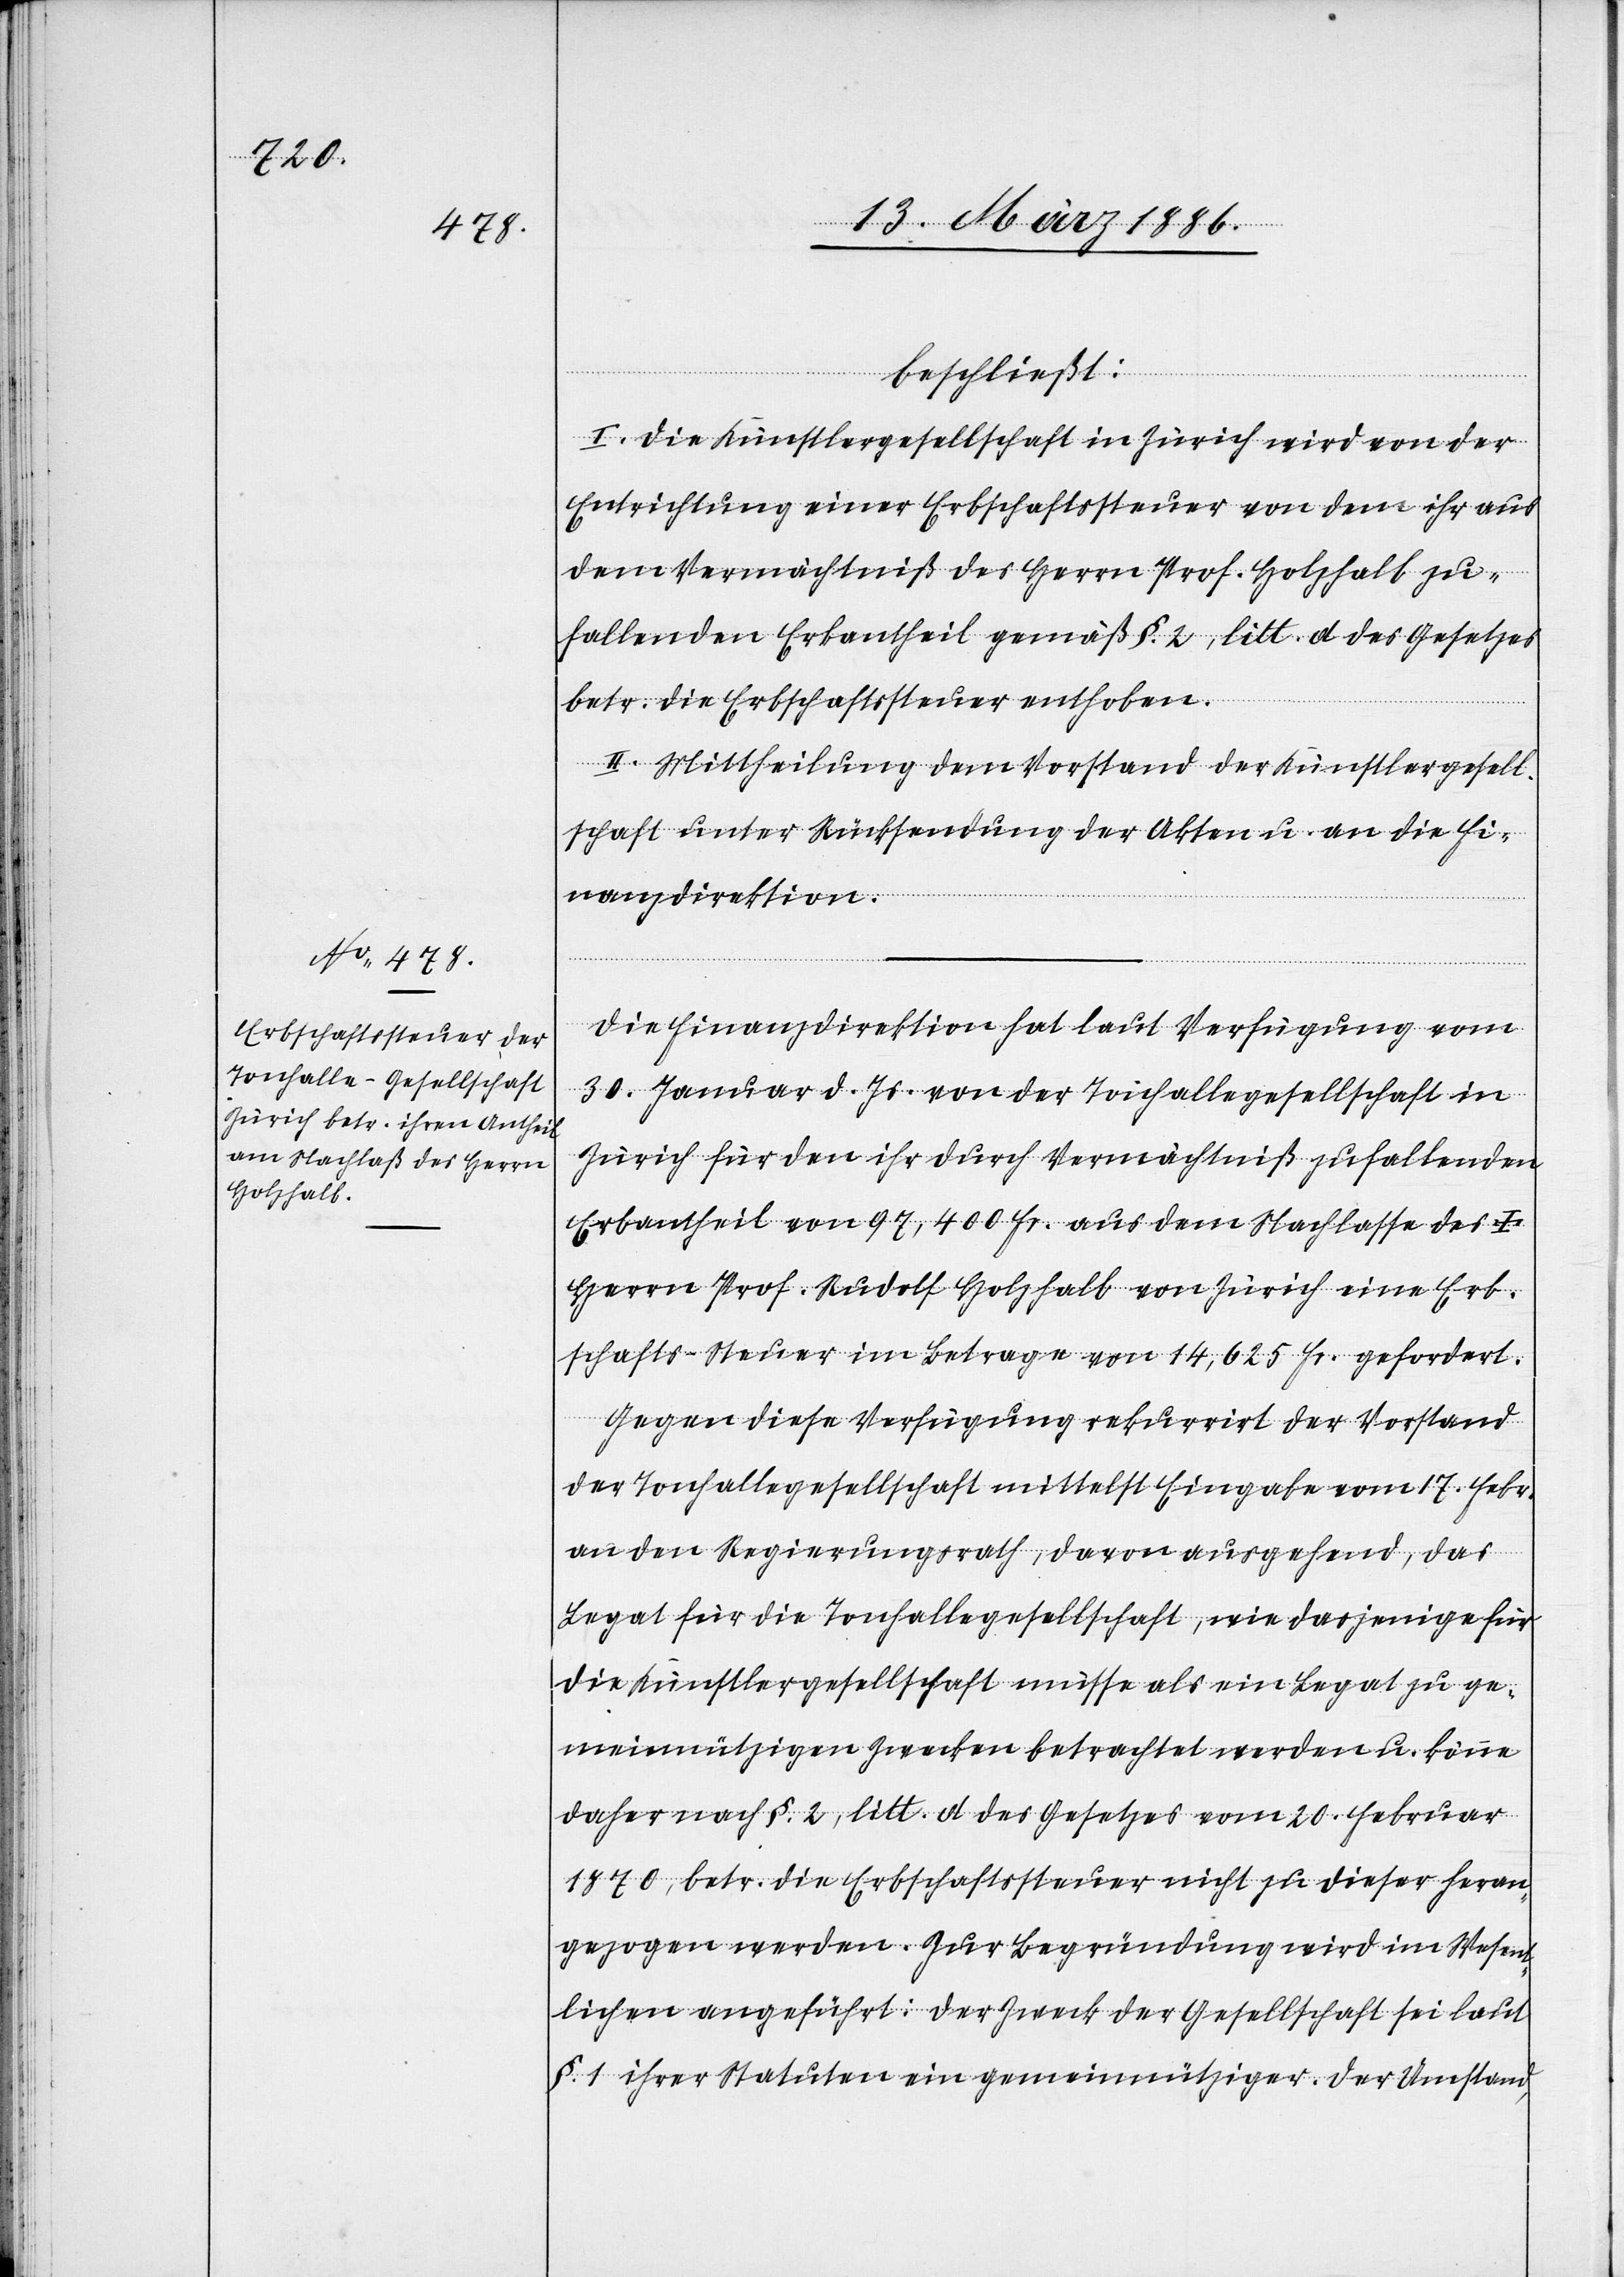
beschließt:
I. Die Künstlergesellschaft in Zürich wird von der
Entrichtung einer Erbschaftssteuer von dem ihr aus
dem Vermächtniß des Herrn Prof. Holzhalb zu¬
fallenden Erbantheil gemäß §. 2, litt. d des Gesetzes
betr. die Erbschaftssteuer enthoben.
II. Mittheilung dem Vorstand der Künstlergesell¬
schaft unter Rücksendung der Akten u. an die Fi¬
nanzdirektion.
Die Finanzdirektion hat laut Verfügung vom
30. Januar d. Js. von der Tonhallegesellschaft in
Zürich für den ihr durch Vermächtniß zufallenden
Erbtheil von 97,400 Fr. aus dem Nachlasse des †
Herrn Prof. Rudolf Holzhalb von Zürich eine Erb¬
schafts-Steuer im Betrage von 14,625 Fr. gefordert.
Gegen diese Verfügung rekurrirt der Vorstand
der Tonhallegesellschaft mittelst Eingabe vom 17. Febr.
an den Regierungsrath, davon ausgehend, das
Legat für die Tonhallegesellschaft, wie dasjenige für
die Künstlergesellschaft, müsse als ein Legat zu ge¬
meinnützigen Zwecken betrachtet werden u. könne
daher nach §. 2, litt. d des Gesetzes vom 20. Februar
1870, betr. die Erbschaftssteuer nicht zu dieser heran¬
gezogen werden. Zur Begründung wird im Wesent¬
lichen angeführt: Der Zweck der Gesellschaft sei laut
§. 1 ihrer Statuten ein gemeinnütziger. Der Umstand,